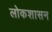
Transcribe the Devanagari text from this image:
लोकशासन